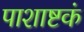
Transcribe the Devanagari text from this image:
पाशाष्टकं